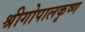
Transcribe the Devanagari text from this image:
श्रीगोपालकृष्ण